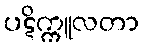
ပဋိက္ကူလတာ